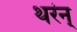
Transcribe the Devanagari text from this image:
थर॑न्